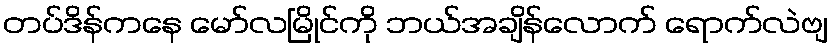
တပ်ဒိန်ကနေ မော်လမြိုင်ကို ဘယ်အချိန်လောက် ရောက်လဲဗျ